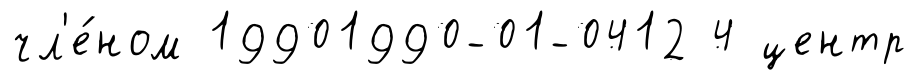
чл'е́ном 19901990-01-0412 4 центр